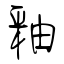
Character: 釉